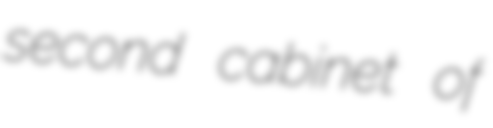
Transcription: second cabinet of